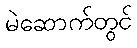
မဲဆောက်တွင်